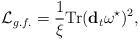
LaTeX: \begin{align*}{\cal L}_{g.f.} = \frac{1}{\xi} {\rm Tr} ( {\bf d}_{t} \omega^{\star})^2,\end{align*}